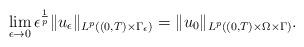
LaTeX: \begin{align*}\lim_{\epsilon\to 0} \epsilon^{\frac{1}{p}}\|u_{\epsilon}\|_{L^p((0,T)\times \Gamma_{\epsilon})} = \|u_0\|_{L^p((0,T)\times \Omega \times \Gamma)} .\end{align*}